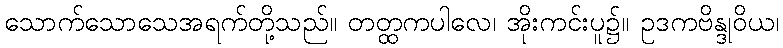
သောက်သောသေအရက်တို့သည်။ တတ္ထကပါလေ၊ အိုးကင်းပူ၌။ ဥဒကဗိန္ဒုဝိယ၊